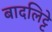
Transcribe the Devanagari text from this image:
बादलिट्टे